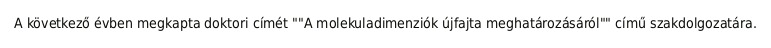
A következő évben megkapta doktori címét ""A molekuladimenziók újfajta meghatározásáról"" című szakdolgozatára.